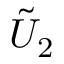
\tilde { U } _ { 2 }